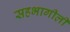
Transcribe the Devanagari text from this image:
सहभागीली